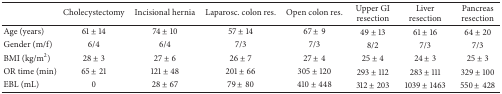
|  | Cholecystectomy | Incisional hernia | Laparosc. colon res. | Open colon res. | Upper GI resection | Liver resection | Pancreas resection |
 | --- | --- | --- | --- | --- | --- | --- | --- |
 | Age (years) | 61 ± 14 | 74 ± 10 | 57 ± 14 | 67 ± 9 | 49 ± 13 | 61 ± 16 | 64 ± 20 |
 | Gender (m/f) | 6/4 | 6/4 | 7/3 | 7/3 | 8/2 | 7/3 | 7/3 |
 | BMI (kg/m2) | 28 ± 3 | 27 ± 6 | 26 ± 7 | 27 ± 4 | 25 ± 4 | 24 ± 3 | 25 ± 3 |
 | OR time (min) | 65 ± 21 | 121 ± 48 | 201 ± 66 | 305 ± 120 | 293 ± 112 | 283 ± 111 | 329 ± 100 |
 | EBL (mL) | 0 | 28 ± 67 | 79 ± 80 | 410 ± 448 | 312 ± 203 | 1039 ± 1463 | 550 ± 428 |